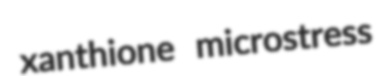
xanthione microstress